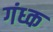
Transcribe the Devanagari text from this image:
गंध्क